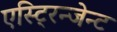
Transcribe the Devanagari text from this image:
एस्टि्रन्जेन्ट